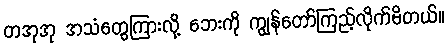
တအုအု အသံတွေကြားလို့ ဘေးကို ကျွန်တော်ကြည့်လိုက်မိတယ်။